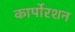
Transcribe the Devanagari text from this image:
कार्पोरशन